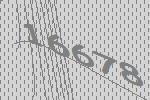
16678